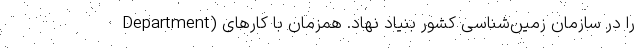
Department) را در سازمان زمین‌شناسی کشور بنیاد نهاد. همزمان با کارهای